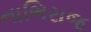
નાભિરાજ